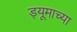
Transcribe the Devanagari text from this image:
ड्यूमाच्या